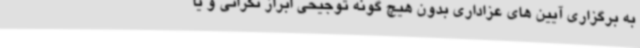
به برگزاری آیین های عزاداری بدون هیچ گونه توجیحی ابراز نگرانی و یا